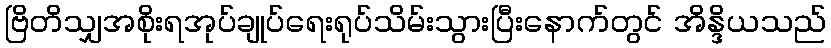
ဗြိတိသျှအစိုးရအုပ်ချုပ်ရေးရုပ်သိမ်းသွားပြီးနောက်တွင် အိန္ဒိယသည်